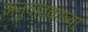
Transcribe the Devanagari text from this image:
अनुवादकाच्या